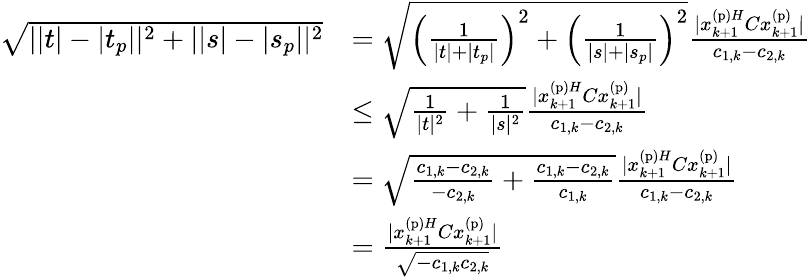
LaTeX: \begin{array}{rl}{\sqrt{||t|-|t_{p}||^{2}+||s|-|s_{p}||^{2}}}&{=\sqrt{\left(\frac{1}{|t|+|t_{p}|}\right)^{2}+\left(\frac{1}{|s|+|s_{p}|}\right)^{2}}\frac{|x_{k+1}^{\mathrm{(p)}H}Cx_{k+1}^{\mathrm{(p)}}|}{c_{1,k}-c_{2,k}}}\\ &{\leq\sqrt{\frac{1}{|t|^{2}}+\frac{1}{|s|^{2}}}\frac{|x_{k+1}^{\mathrm{(p)}H}Cx_{k+1}^{\mathrm{(p)}}|}{c_{1,k}-c_{2,k}}}\\ &{=\sqrt{\frac{c_{1,k}-c_{2,k}}{-c_{2,k}}+\frac{c_{1,k}-c_{2,k}}{c_{1,k}}}\frac{|x_{k+1}^{\mathrm{(p)}H}Cx_{k+1}^{\mathrm{(p)}}|}{c_{1,k}-c_{2,k}}}\\ &{=\frac{|x_{k+1}^{\mathrm{(p)}H}Cx_{k+1}^{\mathrm{(p)}}|}{\sqrt{-c_{1,k}c_{2,k}}}}\end{array}